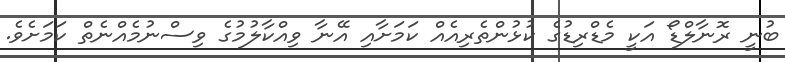
ބުނީ ރޮނާލްޑޯ އަކީ މެޑްރިޑުގެ ކުޅުންތެރިއެއް ކަމަށާއި އޭނާ ވިއްކާލުމުގެ ވިސްނުމެއްނެތް ކަމަށެވެ.